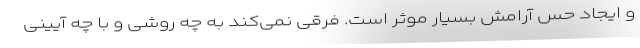
و ایجاد حس آرامش بسیار موثر است. فرقی نمی‌کند به چه روشی و با چه آیینی